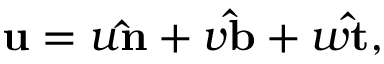
\mathbf { u } = u \mathbf { \hat { n } } + v \mathbf { \hat { b } } + w \mathbf { \hat { t } } ,